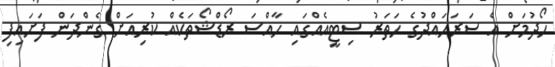
ހޯދުމަށް އެ ސަރަހައްދުގެ ހަތަރު ސިޓީއެއްގައި ހާއްސަ ރޯޑްޝޯތަކެއް ކުރިއަށް ގެންދަން ފަށައިފި